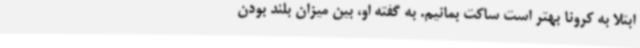
ابتلا به کرونا بهتر است ساکت بمانیم. به گفته او، بین میزان بلند بودن